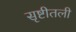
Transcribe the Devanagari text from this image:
सृष्टीतली